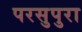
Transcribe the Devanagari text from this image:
परसुपुरा